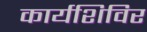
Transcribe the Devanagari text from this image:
कार्यशिविर